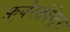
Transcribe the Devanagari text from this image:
फ़्वेरतेवेन्तूरा